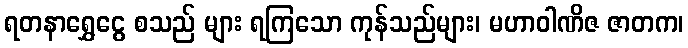
ရတနာရွှေငွေ စသည် များ ရကြသော ကုန်သည်များ၊ မဟာဝါဏိဇ ဇာတက၊